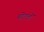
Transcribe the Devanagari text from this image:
मोटलों